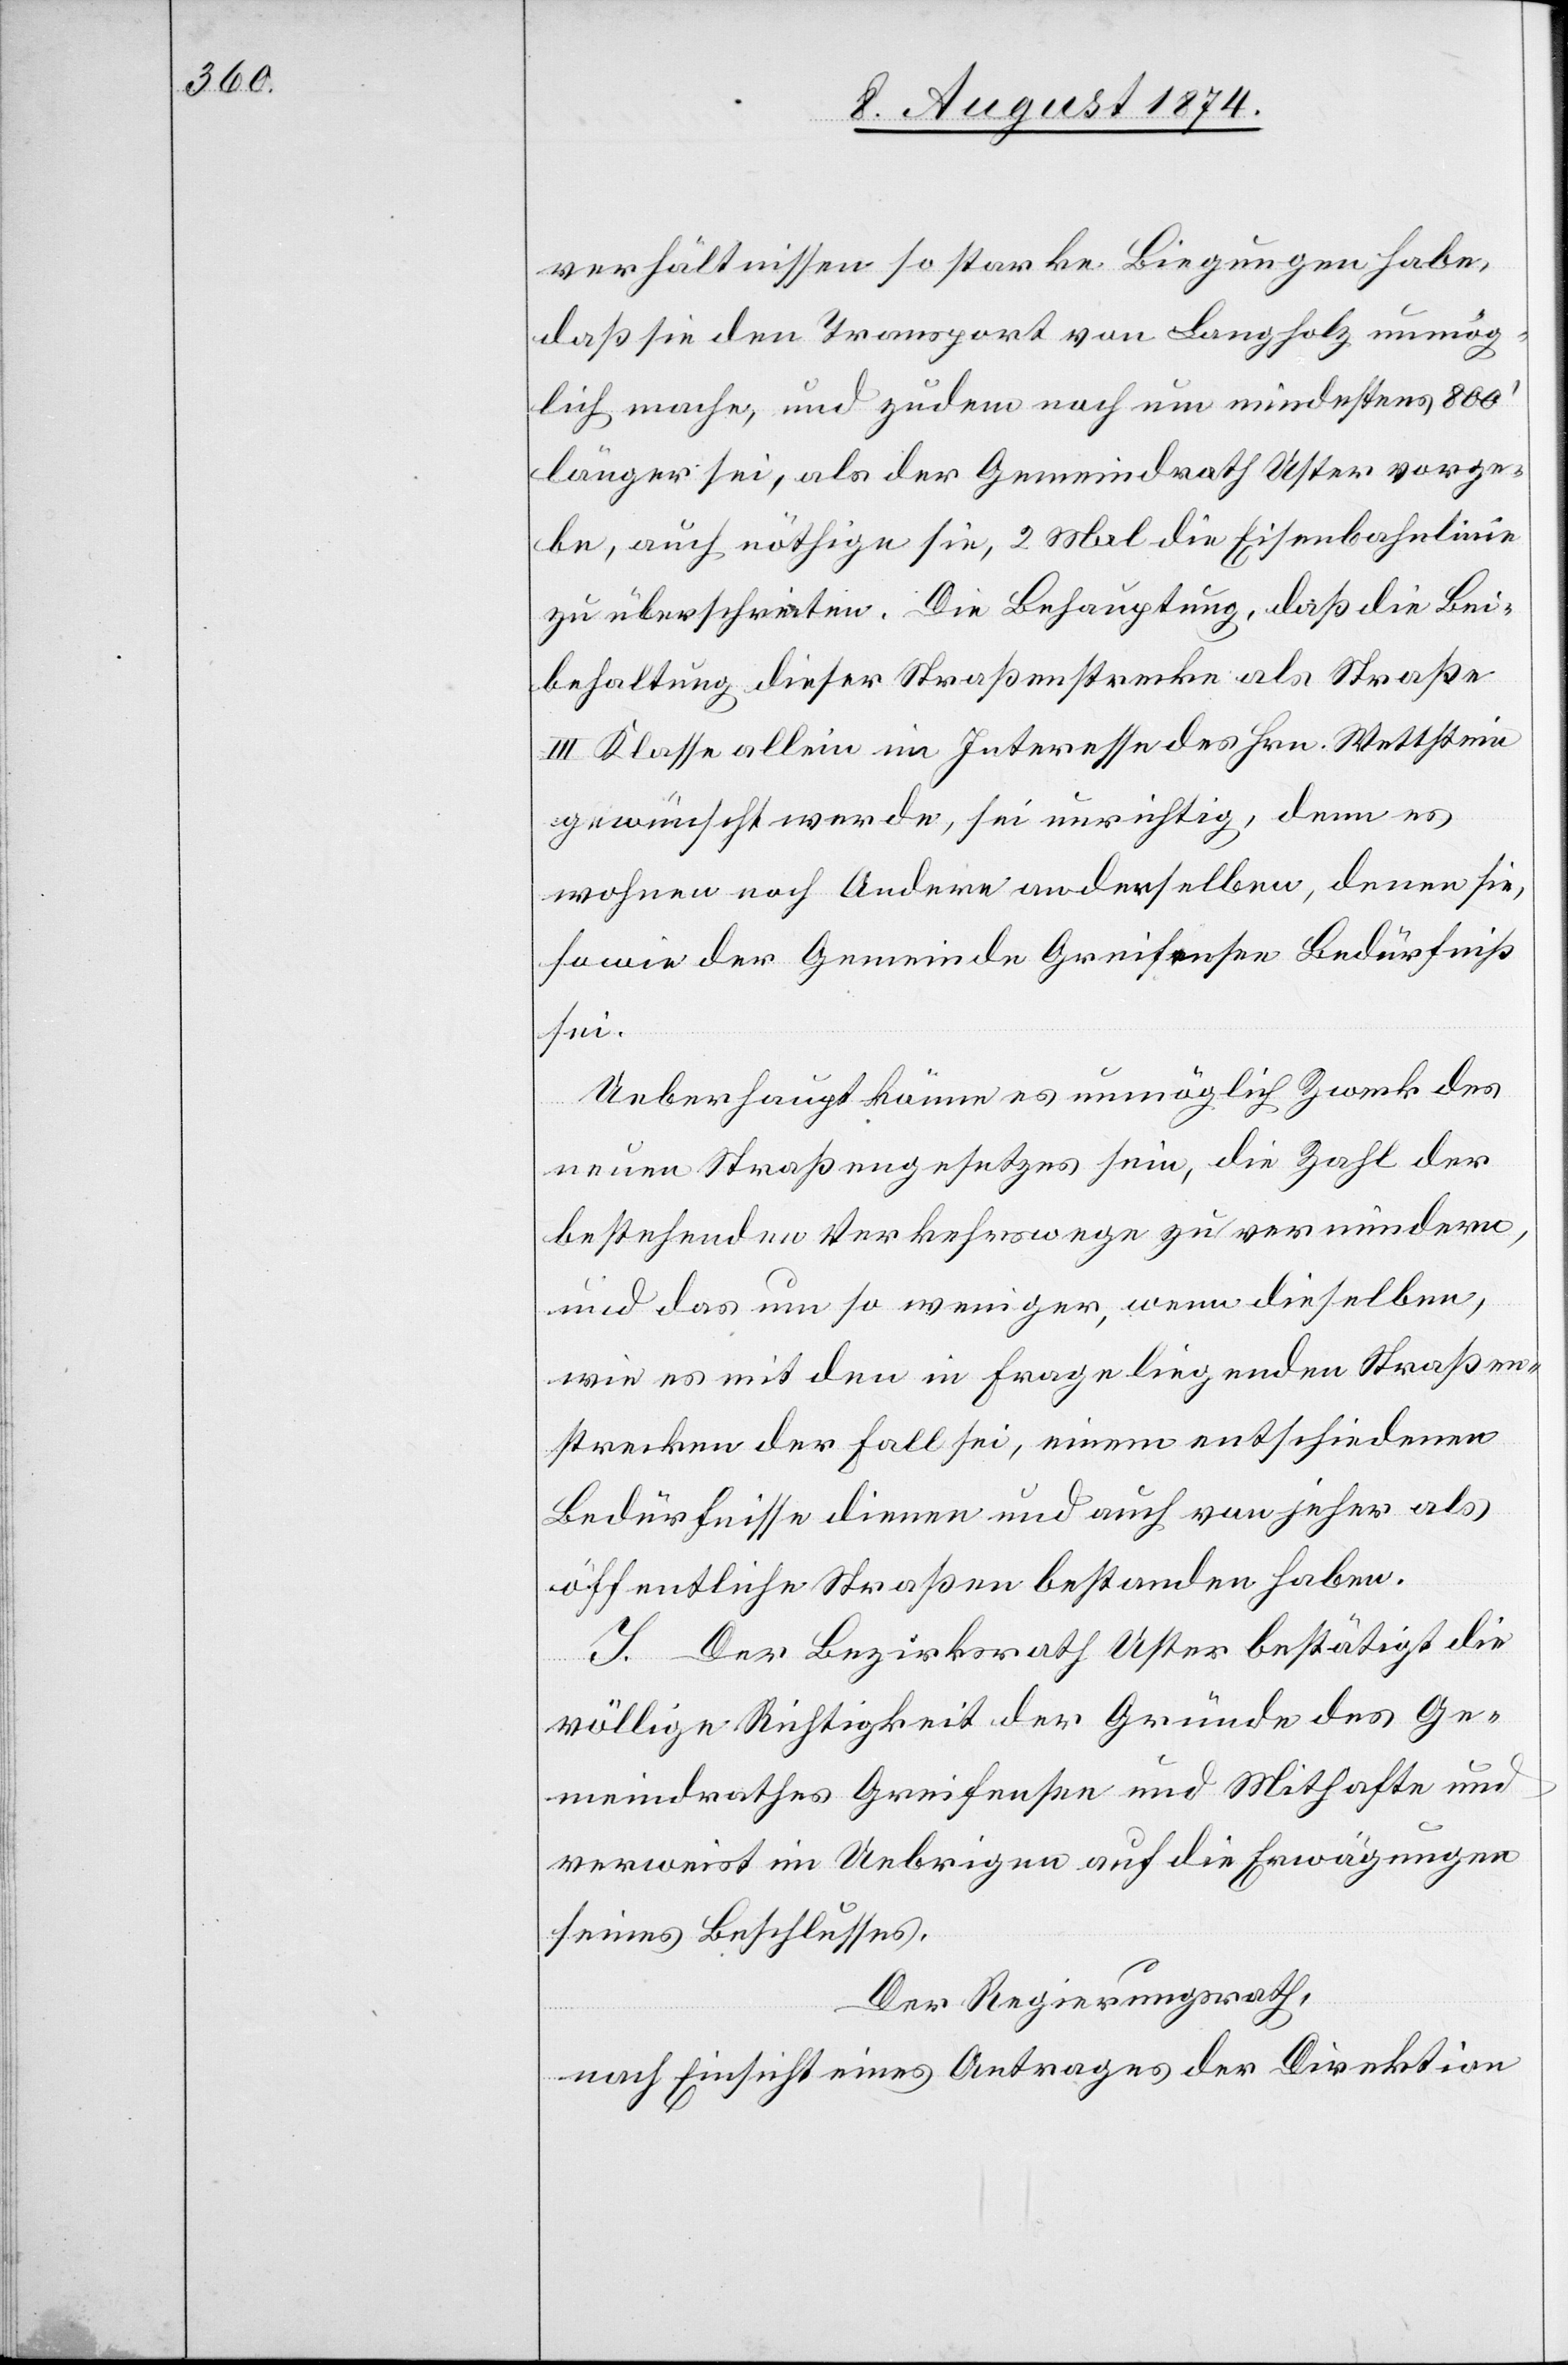
verhältnissen so starke Biegungen habe,
daß sie den Transport von Langholz unmög¬
lich mache, und zudem noch um mindestens 800‘
länger sei, als der Gemeindrath Uster vorge¬
be, auch nöthige sie, 2 Mal die Eisenbahnlinie
zu überschreiten. Die Behauptung, daß die Bei¬
behaltung dieser Straßenstrecke als Straße
III. Klasse allein im Intereses des Hrn. Wettstein
gewünscht werde, sei unrichtig, denn es
wohnen noch Andere an derselben, denen sie,
so wie der Gemeinde Greifensee Bedürfniß
sei.
Ueberhaupt könne es unmöglich Zweck des
neuen Straßengesetzes sein, die Zahl der
bestehenden Verkehrswege zu vermindern,
und das um so weniger, wenn dieselben,
wie es mit den in Frage liegenden Straßen¬
strecken der Fall sei, einem entschiedenen
Bedürfnisse dienen und auch von jeher als
öffentliche Straßen bestanden haben.
J. Der Bezirksrath Uster bestätigt die
völlige Richtigkeit der Gründe des Ge¬
meindrathes Greifensee und Mithafte und
verweist im Uebrigen auf die Erwägungen
seines Beschlusses.
Der Regierungsrath,
nach Einsicht eines Antrages der Direktion